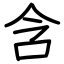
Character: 含